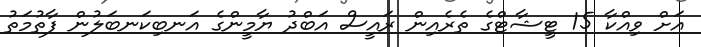
އަށް ވިއްކާ 15 ޓީޝާޓްގެ ތެރެއިން ރައީސް އަބްދު ޔާމީންގެ އަނބިކަނބަލުން ފާތުމަތު